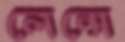
লেন্সে